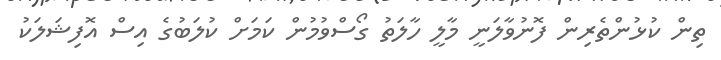
ތިން ކުޅުންތެރިން ފޮނުވާލަނީ މާލީ ހާލަތު ގޯސްވުމުން ކަމަށް ކުލަބުގެ އިސް އޮފިޝަލަކު